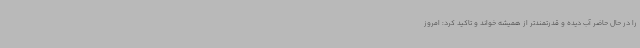
را در حال حاضر آب دیده و قدرتمندتر از همیشه خواند و تاکید کرد: امروز